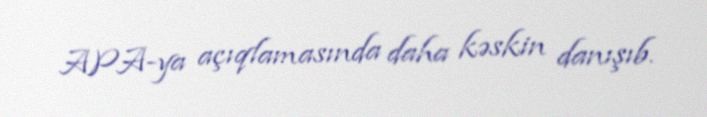
APA-ya açıqlamasında daha kəskin danışıb.